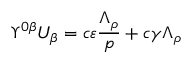
\Upsilon ^ { 0 \beta } U _ { \beta } = c \varepsilon \frac { \Lambda _ { \rho } } { p } + c \gamma \Lambda _ { \rho }